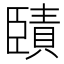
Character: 𦣱